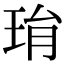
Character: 㻆